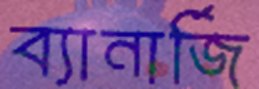
ব্যানার্জি